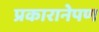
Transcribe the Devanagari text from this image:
प्रकारानेपण